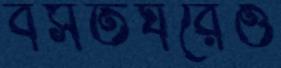
বসতঘরেও